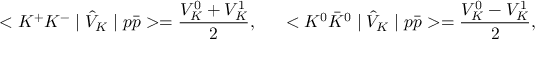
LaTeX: < K ^ { + } K ^ { - } \mid \hat { V } _ { K } \mid p \bar { p } > = { \frac { V _ { K } ^ { 0 } + V _ { K } ^ { 1 } } { 2 } } , ~ ~ ~ ~ < K ^ { 0 } \bar { K } ^ { 0 } \mid \hat { V } _ { K } \mid p \bar { p } > = { \frac { V _ { K } ^ { 0 } - V _ { K } ^ { 1 } } { 2 } } ,